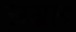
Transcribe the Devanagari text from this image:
सग्रहः